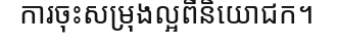
ការចុះសម្រុងល្អពីនិយោជក។